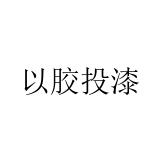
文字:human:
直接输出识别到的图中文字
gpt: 以胶投漆